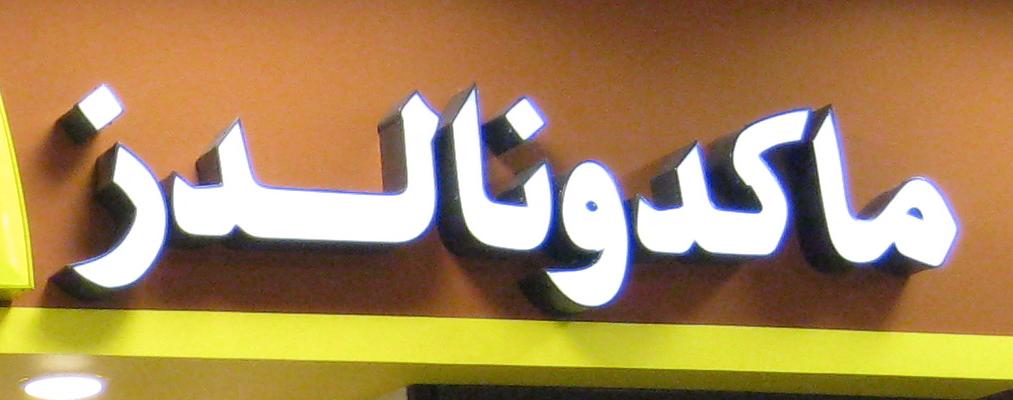
ماكدنالدز